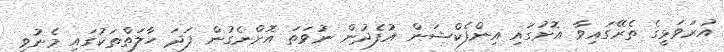
އުރަވަޅީގެ ތެރޭގައިވާ އޮށުގައި އިންފެކްޝަން އުފެދުން ނުވަތަ އޮށްނެގުން ފަދަ ހާލަތްތަކުގައި މެނުވީ